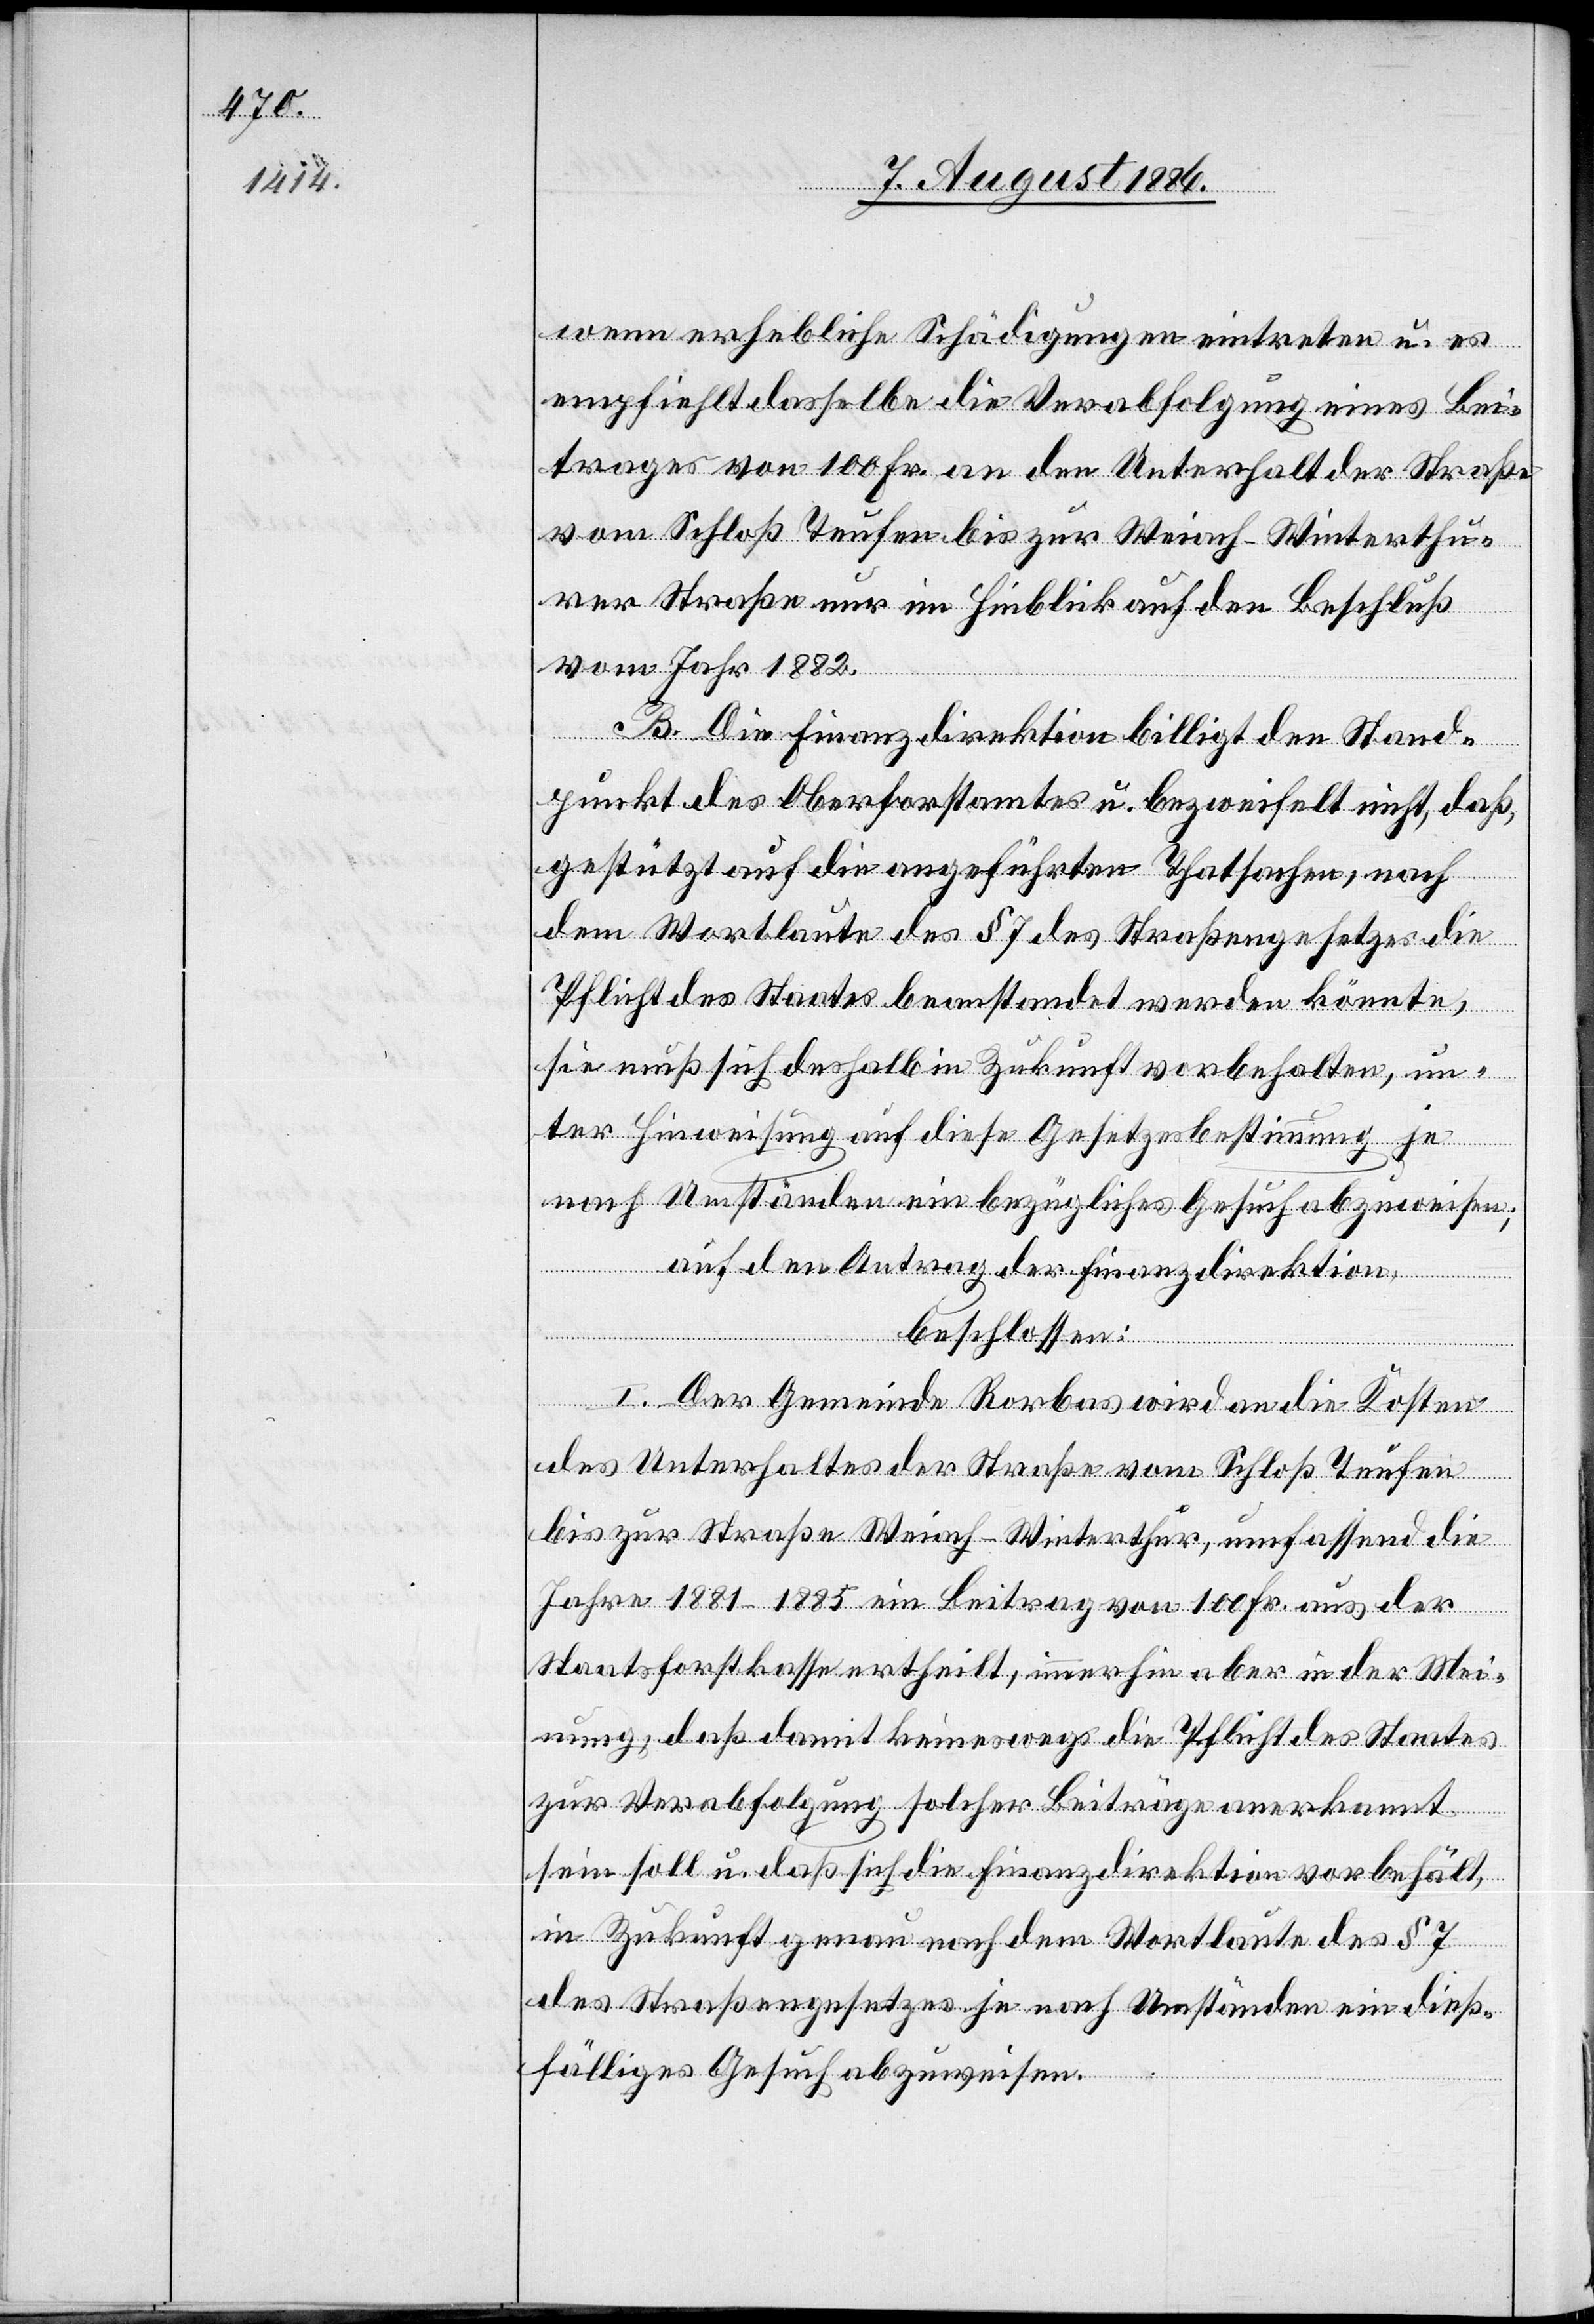
wenn erhebliche Schädigungen eintreten u. es
empfiehlt dasselbe die Verabfolgung eines Bei¬
trages von 100 Fr. an den Unterhalt der Straße
vom Schloß Teufen bis zur Weiach–Winterthu¬
rer Straße nur im Hinblick auf den Beschluß
vom Jahr 1882.
B. Die Finanzdirektion billigt den Stand¬
punkt des Oberforstamtes u. bezweifelt nicht, daß,
gestützt auf die angeführten Thatsachen, nach
dem Wortlaute des § 7 des Straßengesetzes die
Pflicht des Staates beanstandet werden könnte,
sie muß sich deshalb in Zukunft vorbehalten, un¬
ter Hinweisung auf diese Gesetzesbestimmung je
nach Umständen ein bezügliches Gesuch abzuweisen;
auf den Antrag der Finanzdirektion,
beschlossen:
I. Der Gemeinde Rorbas wird an die Kosten
des Unterhaltes der Straße vom Schloß Teufen
bis zur Straße Weiach–Winterthur, umfassend die
Jahre 1881–1885 ein Beitrag von 100 Fr. aus der
Staatsforstkasse ertheilt, immerhin aber in der Mei¬
nung, daß damit keineswegs die Pflicht des Staates
zur Verabfolgung solcher Beiträge anerkannt
sein soll u. daß sich die Finanzdirektion vorbehält,
in Zukunft genau nach dem Wortlaute des § 7
des Straßengesetzes je nach Umständen ein dieß¬
fälliges Gesuch abzweisen.